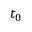
t _ { 0 }